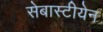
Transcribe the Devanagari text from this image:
सेबास्टीयेन